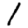
Digit: 1